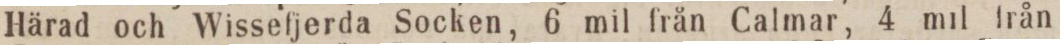
Härad och Wissefjerda Socken, 6 mil från Calmar, 4 mil från